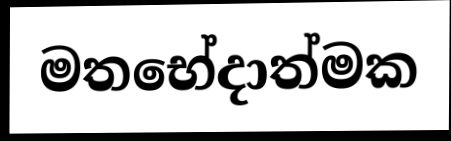
මතභේදාත්මක